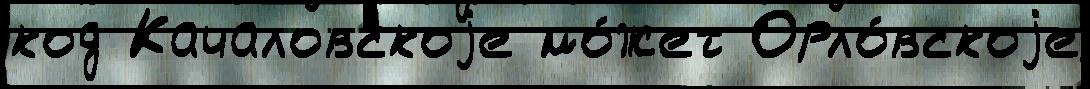
код Качаловскоjе мо́жет Орло́вскоjе